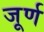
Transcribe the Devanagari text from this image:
जूर्ण